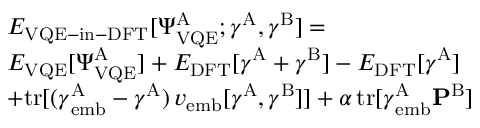
\begin{array} { r l } & { E _ { \mathrm { V Q E - i n - D F T } } [ \Psi _ { \mathrm { V Q E } } ^ { \mathrm { A } } ; \boldsymbol { \gamma } ^ { \mathrm { A } } , \boldsymbol { \gamma } ^ { \mathrm { B } } ] = } \\ { \newline } & { E _ { \mathrm { V Q E } } [ \Psi _ { \mathrm { V Q E } } ^ { \mathrm { A } } ] + E _ { \mathrm { D F T } } [ \boldsymbol { \gamma } ^ { \mathrm { A } } + \boldsymbol { \gamma } ^ { \mathrm { B } } ] - E _ { \mathrm { D F T } } [ \boldsymbol { \gamma } ^ { \mathrm { A } } ] } \\ { \newline } & { + \mathrm { t r } [ ( \boldsymbol { \gamma } _ { \mathrm { e m b } } ^ { \mathrm { A } } - \boldsymbol { \gamma } ^ { \mathrm { A } } ) \, \boldsymbol { v } _ { \mathrm { e m b } } [ \boldsymbol { \gamma } ^ { \mathrm { A } } , \boldsymbol { \gamma } ^ { \mathrm { B } } ] ] + \alpha \, \mathrm { t r } [ \boldsymbol { \gamma } _ { \mathrm { e m b } } ^ { \mathrm { A } } \mathbf { P } ^ { \mathrm { B } } ] } \end{array}